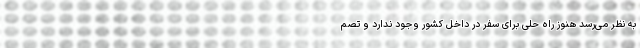
به نظر می‌رسد هنوز راه حلی برای سفر در داخل کشور وجود ندارد و تصم